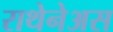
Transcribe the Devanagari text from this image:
राथेनेअस